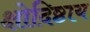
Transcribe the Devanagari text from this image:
क्षोदिष्ठाय